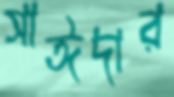
সাঈদার